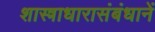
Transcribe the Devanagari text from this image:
शास्त्राधारासंबंधानें